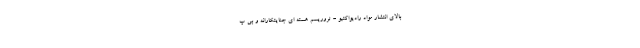
بالای انتشار مواد رادیواکتیو - تروریسم هسته ای جنایتکارانه و بی پ